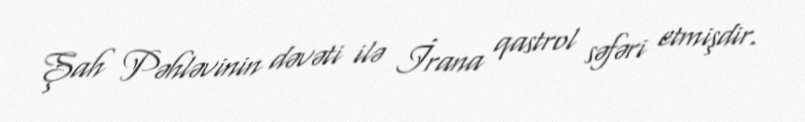
Şah Pəhləvinin dəvəti ilə İrana qastrol səfəri etmişdir.